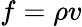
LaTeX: f=\rho v